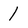
Character: 1